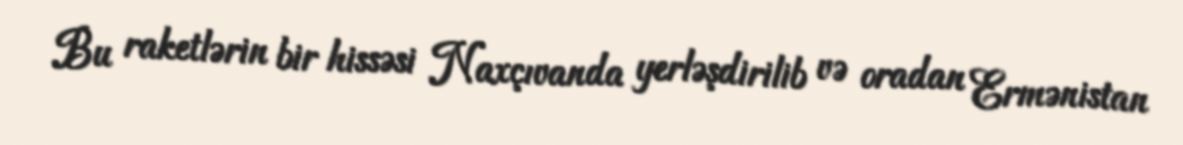
Bu raketlərin bir hissəsi Naxçıvanda yerləşdirilib və oradan Ermənistan